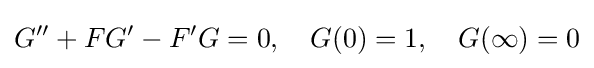
G''+FG'-F'G=0,\quad G(0)=1,\quad G(\infty )=0